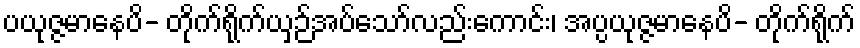
ပယုဇ္ဇမာနေပိ- တိုက်ရိုက်ယှဉ်အပ်သော်လည်းကောင်း၊ အပ္ပယုဇ္ဇမာနေပိ- တိုက်ရိုက်